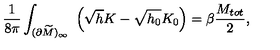
{ \frac { 1 } { 8 \pi } } \int _ { ( \partial \widetilde M ) _ { \infty } } \ \left( \sqrt { h } K - \sqrt { h _ { 0 } } K _ { 0 } \right) = \beta { \frac { M _ { t o t } } { 2 } } ,